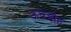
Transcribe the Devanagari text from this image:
ऊचडीह